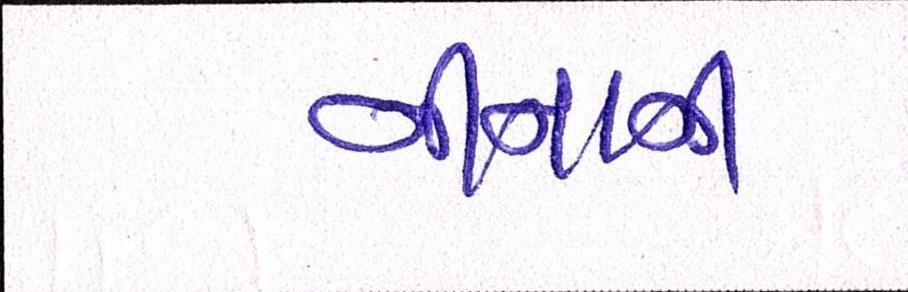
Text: નીનાની